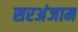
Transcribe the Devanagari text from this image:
सरअंजाम